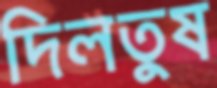
দিলতুষ